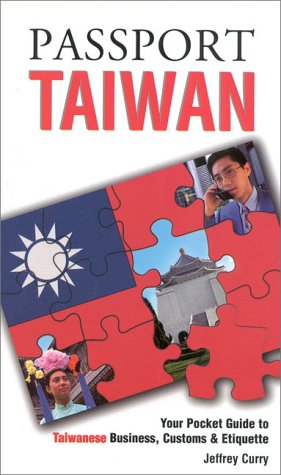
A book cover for Passport Taiwan: Your Pocket Guide to Taiwanese Business, Customs & Etiquette (Passport to the World); World Trade Press; Travel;